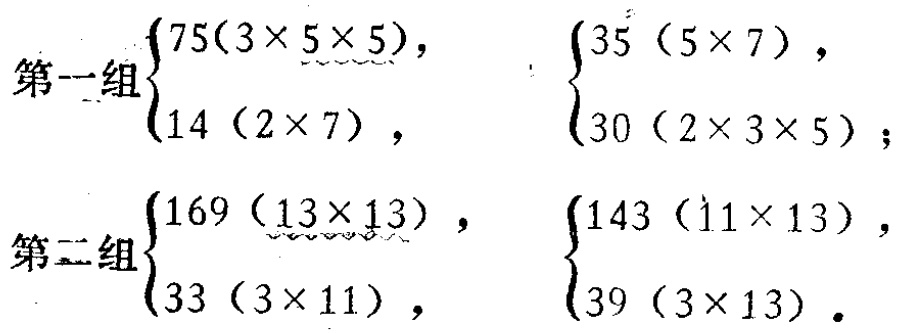
第一组

\[

\begin{cases}

75(3\times 5\times 5),\\

14(2\times 7),

\end{cases}

\quad

\begin{cases}

35(5\times 7),\\

30(2\times 3\times 5);

\end{cases}

\]

第二组

\[

\begin{cases}

169(13\times 13),\\

33(3\times 11),

\end{cases}

\quad

\begin{cases}

143(11\times 13),\\

39(3\times 13).

\end{cases}

\]